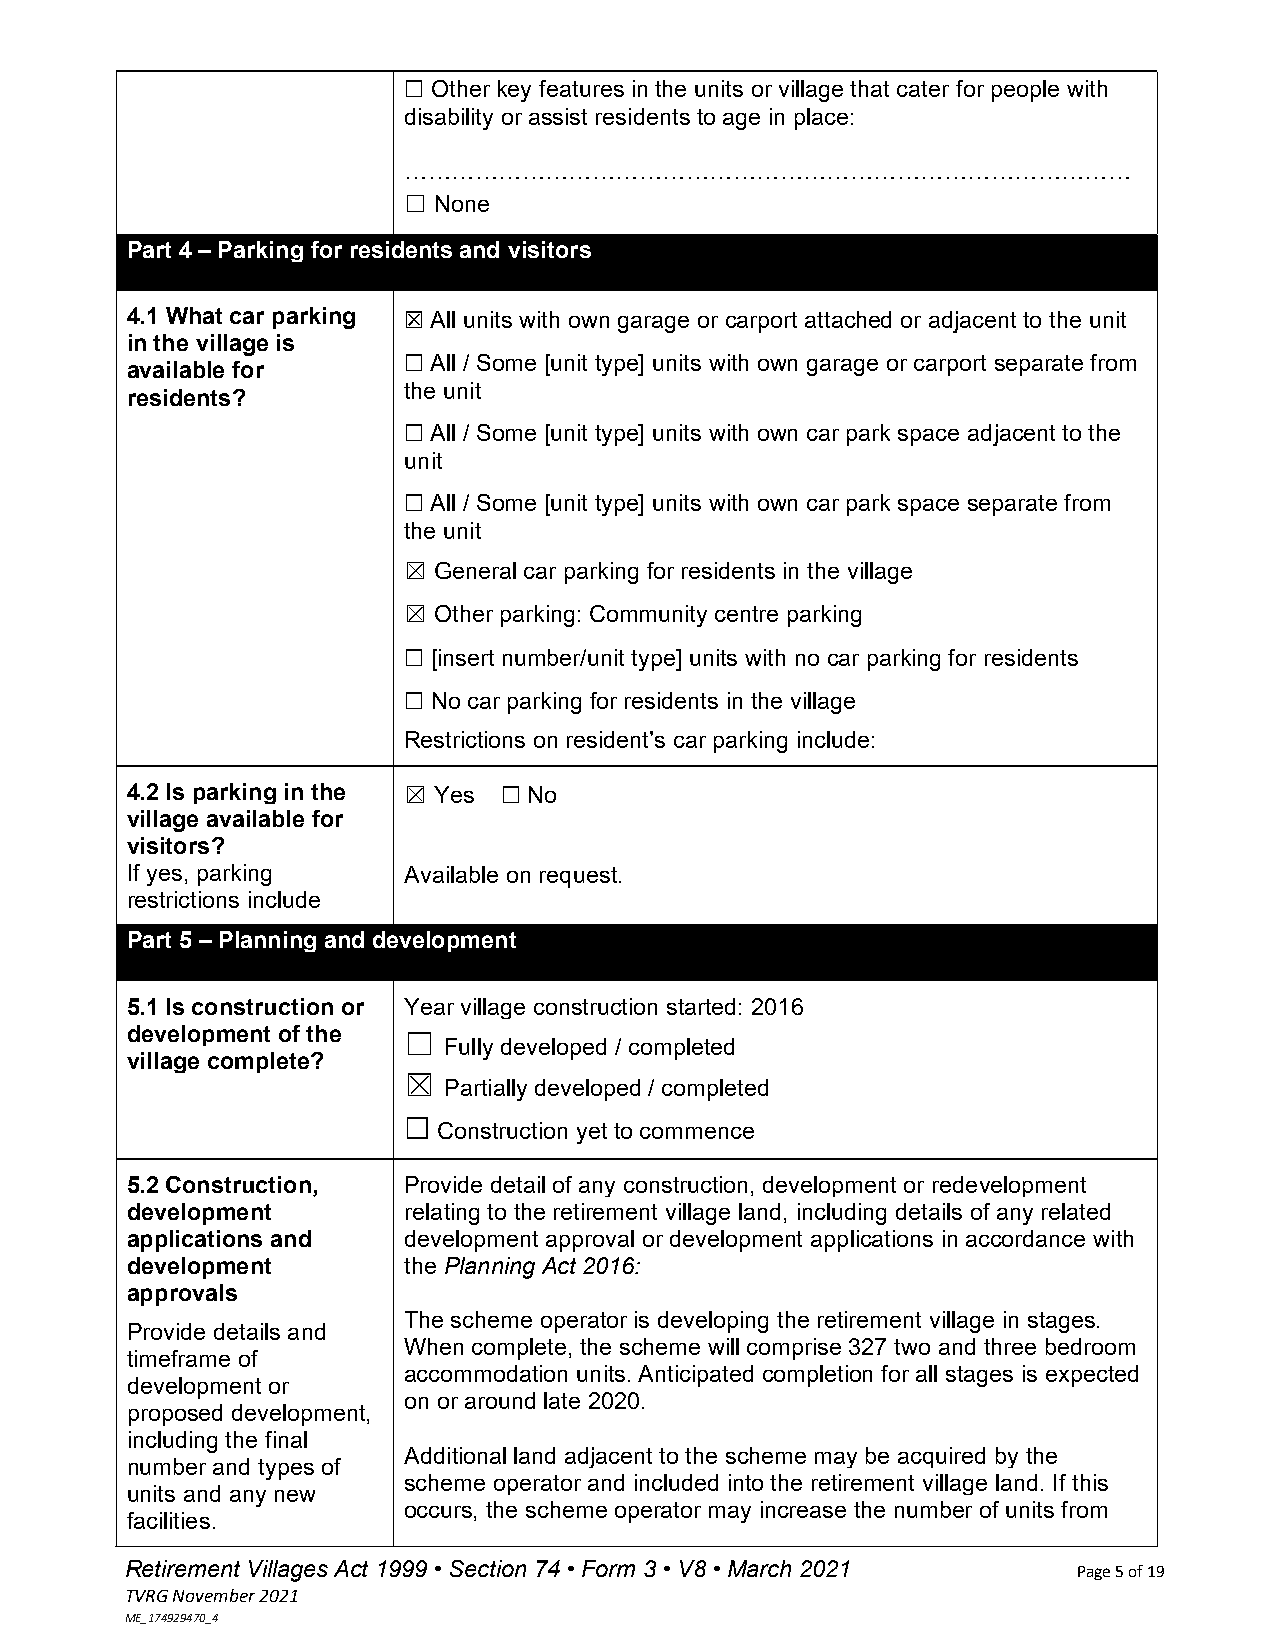
☐ Other key features in the units or village that cater for people with
 disability or assist residents to age in place:
 …………………………………………………………………………………
 ☐ None
 Part 4 – Parking for residents and visitors
 4.1 What car parking ☒ All units with own garage or carport attached or adjacent to the unit
 in the village is
 ☐ All / Some [unit type] units with own garage or carport separate from
 available for
 the unit
 residents?
 ☐ All / Some [unit type] units with own car park space adjacent to the
 unit
 ☐ All / Some [unit type] units with own car park space separate from
 the unit
 ☒ General car parking for residents in the village
 ☒ Other parking: Community centre parking
 ☐ [insert number/unit type] units with no car parking for residents
 ☐ No car parking for residents in the village
 Restrictions on resident’s car parking include:
 4.2 Is parking in the ☒ Yes ☐ No
 village available for
 visitors?
 If yes, parking    Available on request.
 restrictions include
 Part 5 – Planning and development
 5.1 Is construction or Year village construction started: 2016
 development of the ☐
 Fully developed / completed
 village complete?
 ☒
 Partially developed / completed
 ☐ Construction yet to commence
 5.2 Construction,  Provide detail of any construction, development or redevelopment
 development        relating to the retirement village land, including details of any related
 applications and   development approval or development applications in accordance with
 development        the Planning Act 2016:
 approvals
 The scheme operator is developing the retirement village in stages.
 Provide details and
 When complete, the scheme will comprise 327 two and three bedroom
 timeframe of
 accommodation units. Anticipated completion for all stages is expected
 development or
 on or around late 2020.
 proposed development,
 including the final
 Additional land adjacent to the scheme may be acquired by the
 number and types of
 scheme operator and included into the retirement village land. If this
 units and any new
 occurs, the scheme operator may increase the number of units from
 facilities.
 Retirement Villages Act 1999 • Section 74 • Form 3 • V8 • March 2021 Page 5 of 19
 TVRG November 2021
 ME_174929470_4